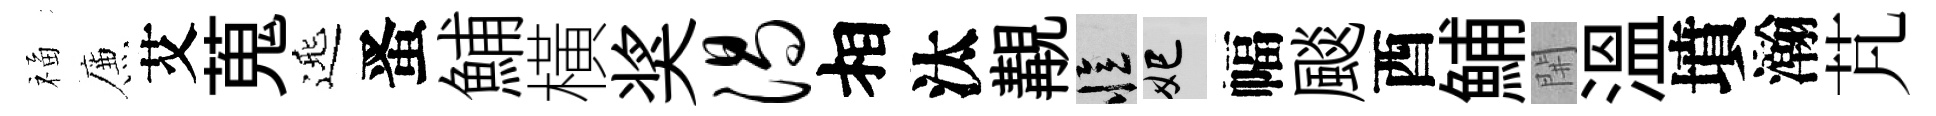
福簾艾蒐𨓱󱉠鯆橫奖渴相汰覯忆妃幅颷酉鯆𨳩溫墳瀚芃